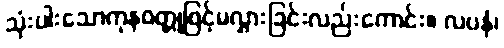
သုံးပါးသောကုနဝတ္တုဖြင့်မလွှားခြင်းလည်းကောင်း။ လပနံ၊